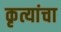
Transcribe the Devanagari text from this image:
कृत्यांचा